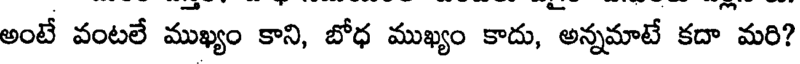
అంటే వంటలే ముఖ్యం కాని, బోధ ముఖ్యం కాదు, అన్నమాటే కదా మరి?